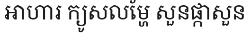
អាហារ ក្យូសលម្ហែ សួនផ្កាសួន